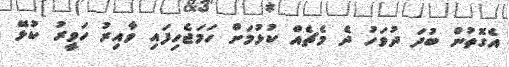
އެގޮތުން ބުދަ ދުވަހު ދެ މެޗެއް ކުޅުމަށް ހަމަޖެހިފައި ވާއިރު ހަވީރު ކުޅޭ